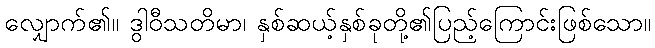
လျှောက်၏။ ဒွါဝီသတိမာ၊ နှစ်ဆယ့်နှစ်ခုတို့၏ပြည့်ကြောင်းဖြစ်သော။